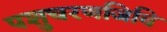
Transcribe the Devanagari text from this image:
पशुचरणजिवि